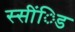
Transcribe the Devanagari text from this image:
स्सींिड